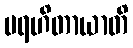
ပရဟိတာယာတိ